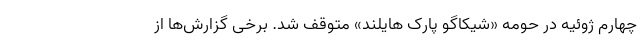
چهارم ژوئیه در حومه «شیکاگو پارک هایلند» متوقف شد. برخی گزارش‌ها از